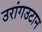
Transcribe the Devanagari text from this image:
उरांगउटान